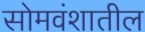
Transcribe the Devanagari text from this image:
सोमवंशातील